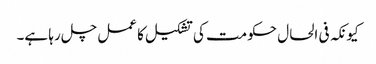
کیونکہ فی الحال حکومت کی تشکیل کا عمل چل رہا ہے۔